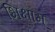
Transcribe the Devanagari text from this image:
भिक्षाम्